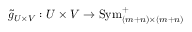
{ \widetilde { g } } _ { U \times V } : U \times V \to \operatorname { S y m } _ { ( m + n ) \times ( m + n ) } ^ { + }